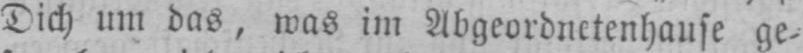
Dich um das, was im Abgeordnetenhause ge-